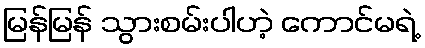
မြန်မြန် သွားစမ်းပါဟဲ့ ကောင်မရဲ့